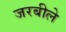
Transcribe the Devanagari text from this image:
जरबीले